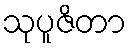
သုပူဇိတာ